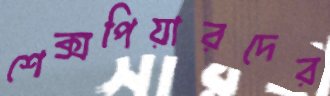
শেক্সপিয়ারদের